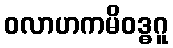
ဝလာဟကမိဝဒ္ဓဂူ